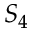
S _ { 4 }